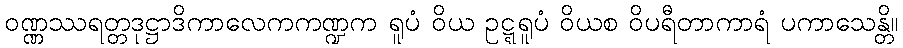
ဝဏ္ဏဿရတ္တဒုဋ္ဌာဒိကာလေကကဏ္ဍက ရူပံ ဝိယ ဥဋ္ဋရူပံ ဝိယစ ဝိပရီတာကာရံ ပကာသေန္တိ။